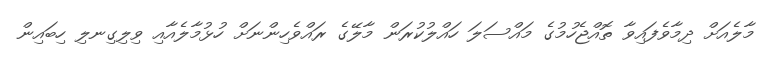
މާލެއަށް ދިމާވެފައިވާ ތޮއްޖެހުމުގެ މައްސަލަ ހައްލުކުރަން މާލޭގެ ރައްވެހިންނަށް ހުޅުމާލެއާއި ވިލިގިނލި ހިބައިން